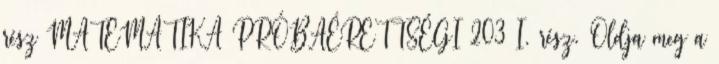
rész MATEMATIKA PRÓBAÉRETTSÉGI 203 I. rész. Oldja meg a